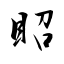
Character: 眧